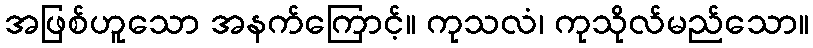
အဖြစ်ဟူသော အနက်ကြောင့်။ ကုသလံ၊ ကုသိုလ်မည်သော။